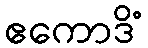
ဧကောဒိံ